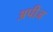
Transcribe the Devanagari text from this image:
अपीज